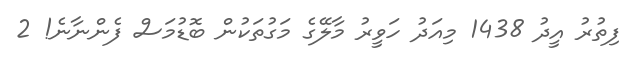
ފިތުރު އީދު 1438 މިއަދު ހަވީރު މާލޭގެ މަގުތަކުން ބޮޑުމަސް ފެންނާނެ! 2